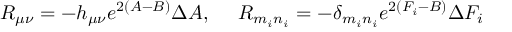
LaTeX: R _ { \mu \nu } = - h _ { \mu \nu } e ^ { 2 ( A - B ) } \Delta A , ~ ~ ~ ~ R _ { m _ { i } n _ { i } } = - \delta _ { m _ { i } n _ { i } } e ^ { 2 ( F _ { i } - B ) } \Delta F _ { i }